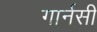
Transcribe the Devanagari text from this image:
गार्नसी